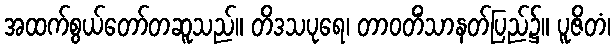
အထက်စွယ်တော်တဆူသည်။ တိဒသပုရေ၊ တာဝတိံသာနတ်ပြည်၌။ ပူဇိတံ၊